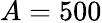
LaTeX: A=500